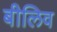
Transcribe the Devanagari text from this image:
बीलिव